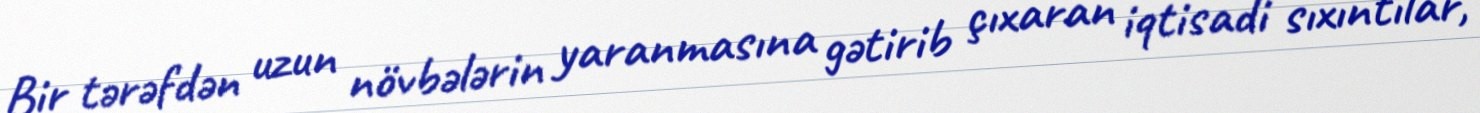
Bir tərəfdən uzun növbələrin yaranmasına gətirib çıxaran iqtisadi sıxıntılar,